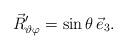
LaTeX: \begin{align*}\vec{R}_{\vartheta\varphi}^\prime=\sin\theta\,\vec{e}_3.\end{align*}